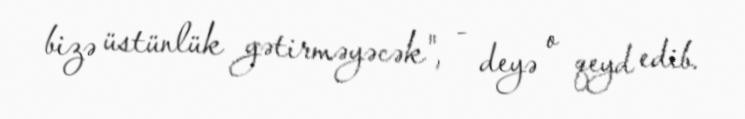
bizə üstünlük gətirməyəcək", - deyə o qeyd edib.